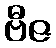
ဗီဇ